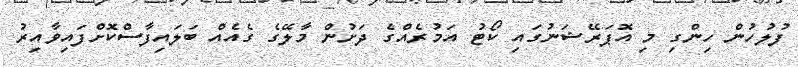
ފުލުހުން ހިންގި މި އޮޕަރޭޝަނުގައި ކޯޓު އަމުރެއްގެ ދަށުން މާލޭގެ ގެއެއް ބަލައިފާސްކޮށްފައިވާއިރު